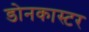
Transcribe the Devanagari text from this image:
डोनकास्टर